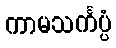
ကာမသင်္ကပ္ပံ